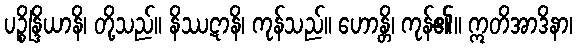
ပဉ္စိန္ဒြိယာနိ၊ တို့သည်။ နိဿဋာနိ၊ ကုန်သည်။ ဟောန္တိ၊ ကုန်၏။ ဣတိအာဒိနာ၊